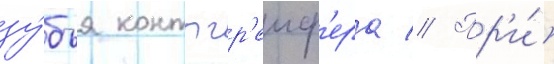
зу́бья контргр'еиф'ера // Пр'и́